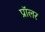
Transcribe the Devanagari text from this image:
प्रॉलर